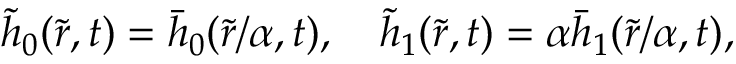
\tilde { h } _ { 0 } ( \tilde { r } , t ) = \bar { h } _ { 0 } ( \tilde { r } / \alpha , t ) , \quad \tilde { h } _ { 1 } ( \tilde { r } , t ) = \alpha \bar { h } _ { 1 } ( \tilde { r } / \alpha , t ) ,